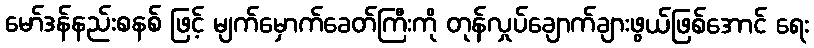
မော်ဒန်နည်းစနစ် ဖြင့် မျက်မှောက်ခေတ်ကြီးကို တုန်လှုပ်ချောက်ချားဖွယ်ဖြစ်အောင် ရေး